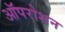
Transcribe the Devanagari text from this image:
ऑपरोशन